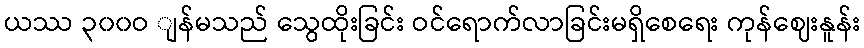
ယဿ ၃၀၀ဝ ျန်မသည် သွေထိုးခြင်း ဝင်ရောက်လာခြင်းမရှိစေရေး ကုန်ဈေးနူန်း